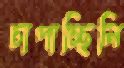
চাপাচ্ছিলি